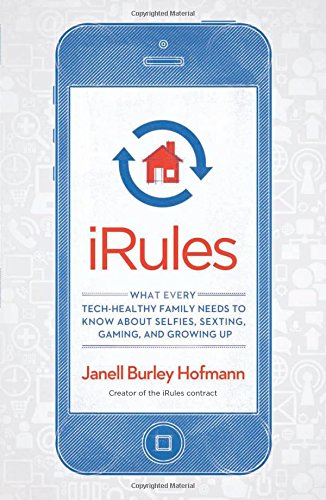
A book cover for iRules: What Every Tech-Healthy Family Needs to Know about Selfies, Sexting, Gaming, and Growing up; Janell Burley Hofmann; Self-Help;